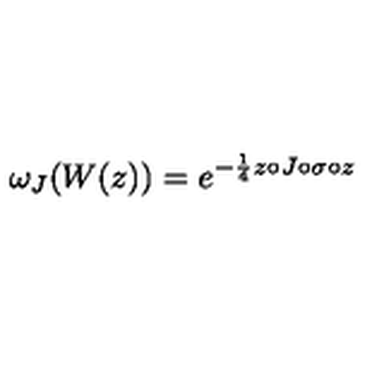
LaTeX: { \omega } _ { J } ( W ( z ) ) = { e } ^ { - { \frac 1 4 } z \circ J \circ \sigma \circ z }